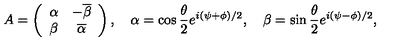
A = \left( \begin{array} { c c } { \alpha } & { - \overline { { \beta } } } \\ { \beta } & { \overline { { \alpha } } } \\ \end{array} \right) , \quad \alpha = \cos { \frac { \theta } { 2 } } e ^ { i ( \psi + \phi ) / 2 } , \quad \beta = \sin { \frac { \theta } { 2 } } e ^ { i ( \psi - \phi ) / 2 } ,